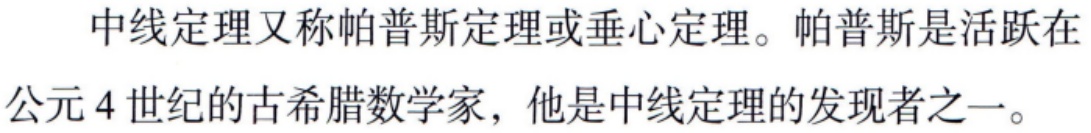
中线定理又称帕普斯定理或垂心定理。帕普斯是活跃在公元4世纪的古希腊数学家，他是中线定理的发现者之一。